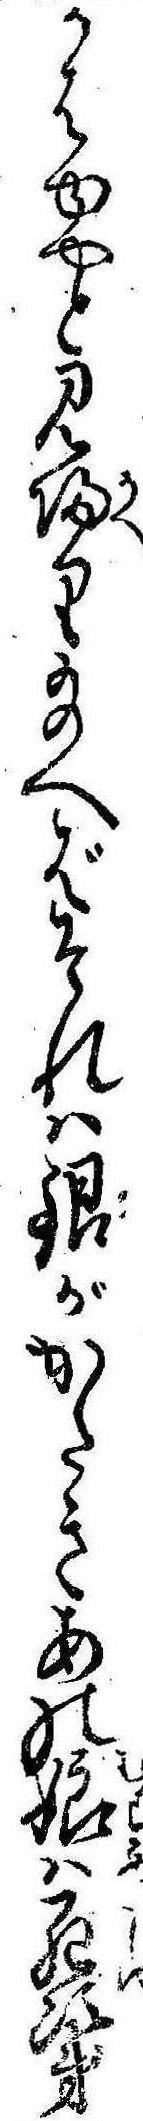
かはゆやと見帰り給へばそれは銀がかたきあの娘は死次第